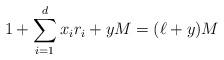
LaTeX: \begin{align*} 1+\sum_{i=1}^dx_ir_i+yM = (\ell+y)M \end{align*}